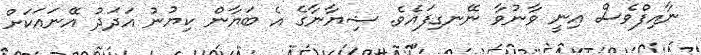
ނާއިފްވެސް އިނީ ވާނުވާ ނޭނގިފައެވެ. ޝިޔާނާގެ އެ ބަޔާން ކިޔުނު އަދަދު އޭނައަކަށް